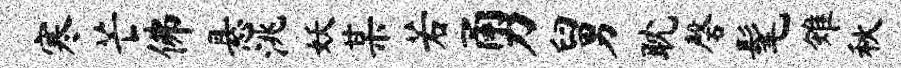
寒芒佛悬洮妖某若勇舅耽磬髦雉秋